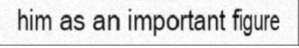
him as an important figure